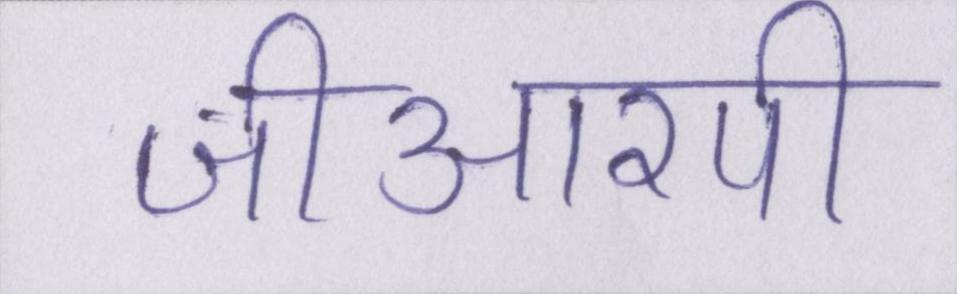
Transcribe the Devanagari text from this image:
जीआरपी